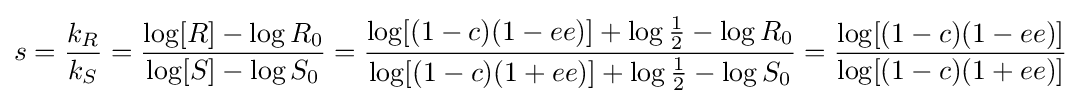
s={\frac {k_{R}}{k_{S}}}={\frac {\log[R]-\log R_{0}}{\log[S]-\log S_{0}}}={\frac {\log[(1-c)(1-ee)]+\log {\frac {1}{2}}-\log R_{0}}{\log[(1-c)(1+ee)]+\log {\frac {1}{2}}-\log S_{0}}}={\frac {\log[(1-c)(1-ee)]}{\log[(1-c)(1+ee)]}}